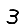
Digit: 3